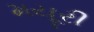
મયૂરી